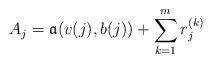
LaTeX: \begin{align*}A_j = \mathfrak a (v(j),b(j)) + \sum_{k=1}^m r^{(k)}_j\end{align*}